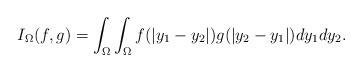
LaTeX: \begin{align*}I_{\Omega}(f,g)=\int_{\Omega}\int_{\Omega}f(|y_{1}-y_{2}|)g(|y_{2}-y_{1}|)dy_{1}dy_{2}.\end{align*}